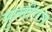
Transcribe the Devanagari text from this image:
मुलीगन